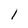
Character: l